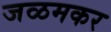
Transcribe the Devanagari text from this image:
जळमकर